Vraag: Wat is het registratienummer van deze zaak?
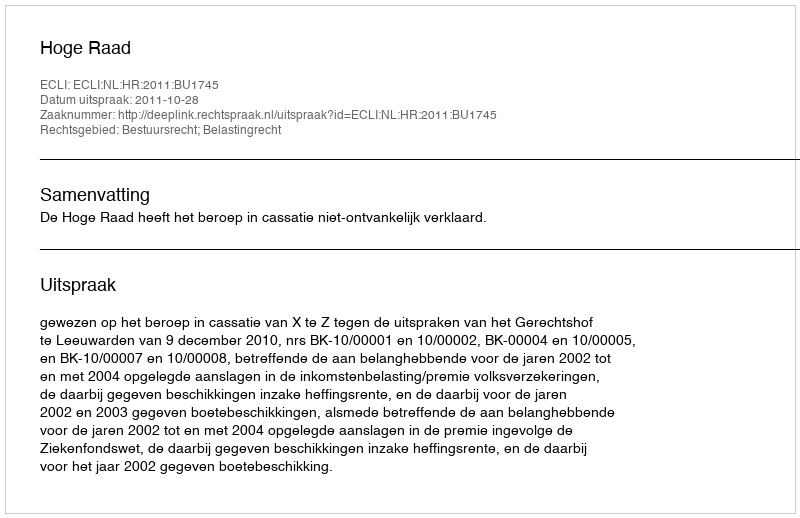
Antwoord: http://deeplink.rechtspraak.nl/uitspraak?id=ECLI:NL:HR:2011:BU1745